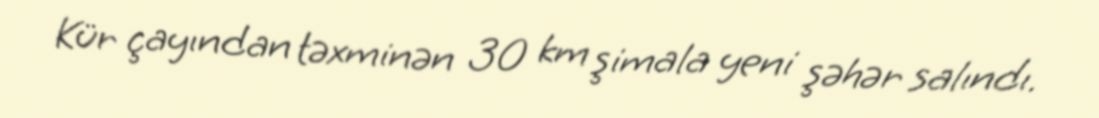
Kür çayından təxminən 30 km şimala yeni şəhər salındı.